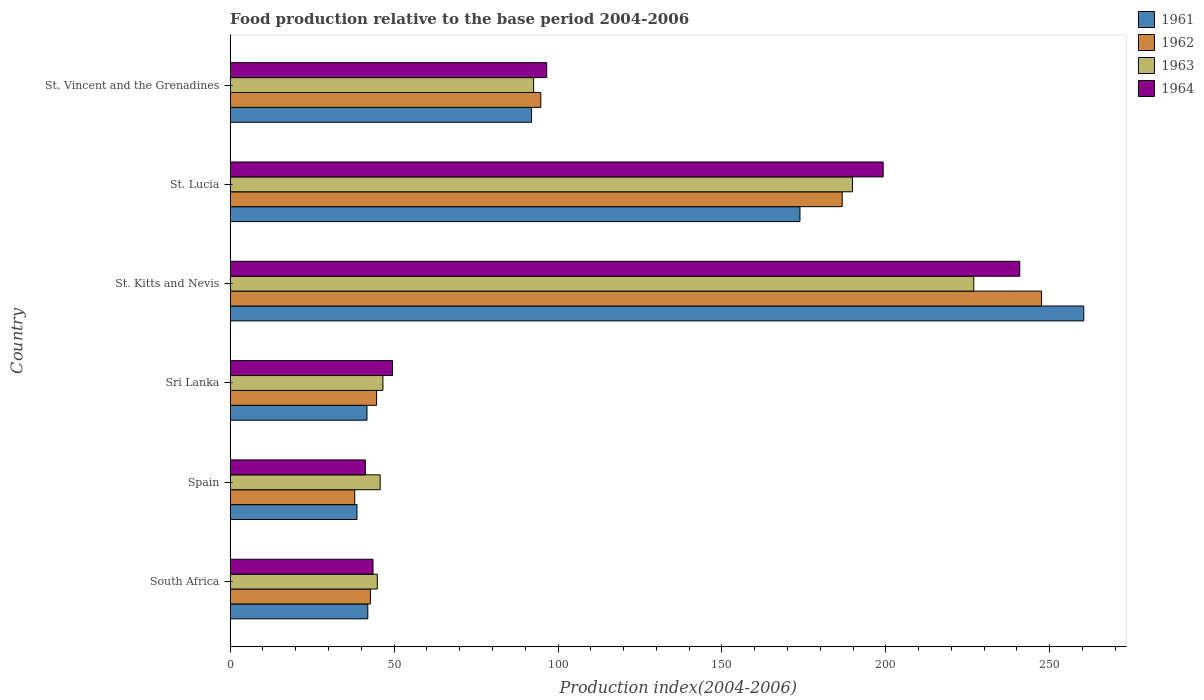
| Country | 1961 | 1962 | 1963 | 1964 |
 | --- | --- | --- | --- | --- |
 | South Africa | 42 | 42.8 | 44.9 | 43.6 |
 | Spain | 38.7 | 38 | 45.7 | 41.2 |
 | Sri Lanka | 41.7 | 44.7 | 46.6 | 49.5 |
 | St. Kitts and Nevis | 260 | 248 | 227 | 241 |
 | St. Lucia | 174 | 187 | 190 | 199 |
 | St. Vincent and the Grenadines | 91.9 | 94.8 | 92.6 | 96.5 |